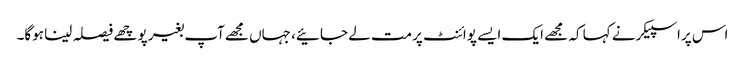
اس پراسپیکرنے کہا کہ مجھے ایک ایسے پوائنٹ پرمت لے جائیے، جہاں مجھےآپ بغیر پوچھے فیصلہ لینا ہوگا۔